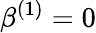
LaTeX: \beta^{(1)}=0